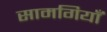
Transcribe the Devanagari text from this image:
सामगियाँ